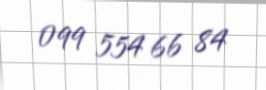
099 554 66 84